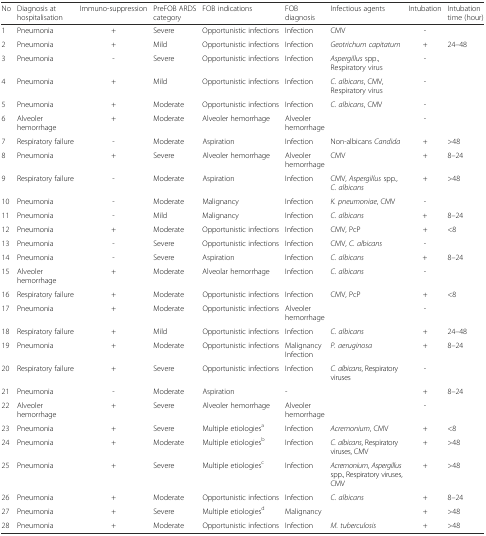
<table><thead><tr><td><b>No</b></td><td><b>Diagnosis at hospitalisation</b></td><td><b>Immuno-suppression</b></td><td><b>PreFOB ARDS category</b></td><td><b>FOB indications</b></td><td><b>FOB diagnosis</b></td><td><b>Infectious agents</b></td><td><b>Intubation</b></td><td><b>Intubation time (hour)</b></td></tr></thead><tbody><tr><td>1</td><td>Pneumonia</td><td>+</td><td>Severe</td><td>Opportunistic infections</td><td>Infection</td><td>CMV</td><td>-</td><td></td></tr><tr><td>2</td><td>Pneumonia</td><td>+</td><td>Mild</td><td>Opportunistic infections</td><td>Infection</td><td><i>Geotrichum capitatum</i></td><td>+</td><td>24–48</td></tr><tr><td>3</td><td>Pneumonia</td><td>-</td><td>Severe</td><td>Opportunistic infections</td><td>Infection</td><td><i>Aspergillus</i> spp., Respiratory virus</td><td>-</td><td></td></tr><tr><td>4</td><td>Pneumonia</td><td>+</td><td>Mild</td><td>Opportunistic infections</td><td>Infection</td><td><i>C. albicans</i>, CMV, Respiratory virus</td><td>-</td><td></td></tr><tr><td>5</td><td>Pneumonia</td><td>+</td><td>Moderate</td><td>Opportunistic infections</td><td>Infection</td><td><i>C. albicans</i>, CMV</td><td>-</td><td></td></tr><tr><td>6</td><td>Alveoler hemorrhage</td><td>+</td><td>Moderate</td><td>Alveoler hemorrhage</td><td>Alveoler hemorrhage</td><td></td><td>-</td><td></td></tr><tr><td>7</td><td>Respiratory failure</td><td>-</td><td>Moderate</td><td>Aspiration</td><td>Infection</td><td>Non-albicans <i>Candida</i></td><td>+</td><td>&gt;48</td></tr><tr><td>8</td><td>Pneumonia</td><td>+</td><td>Severe</td><td>Alveoler hemorrhage</td><td>Alveoler hemorrhage</td><td>CMV</td><td>+</td><td>8–24</td></tr><tr><td>9</td><td>Respiratory failure</td><td>-</td><td>Moderate</td><td>Aspiration</td><td>Infection</td><td>CMV, <i>Aspergillus</i> spp., <i>C. albicans</i></td><td>+</td><td>&gt;48</td></tr><tr><td>10</td><td>Pneumonia</td><td>-</td><td>Moderate</td><td>Malignancy</td><td>Infection</td><td><i>K. pneumoniae</i>, CMV</td><td>-</td><td></td></tr><tr><td>11</td><td>Pneumonia</td><td>-</td><td>Mild</td><td>Malignancy</td><td>Infection</td><td><i>C. albicans</i></td><td>+</td><td>8–24</td></tr><tr><td>12</td><td>Pneumonia</td><td>+</td><td>Moderate</td><td>Opportunistic infections</td><td>Infection</td><td>CMV, PcP</td><td>+</td><td>&lt;8</td></tr><tr><td>13</td><td>Pneumonia</td><td>-</td><td>Severe</td><td>Opportunistic infections</td><td>Infection</td><td>CMV, <i>C. albicans</i></td><td>-</td><td></td></tr><tr><td>14</td><td>Pneumonia</td><td>-</td><td>Severe</td><td>Aspiration</td><td>Infection</td><td><i>C. albicans</i></td><td>+</td><td>8–24</td></tr><tr><td>15</td><td>Alveoler hemorrhage</td><td>+</td><td>Moderate</td><td>Alveolar hemorrhage</td><td>Infection</td><td><i>C. albicans</i></td><td>-</td><td></td></tr><tr><td>16</td><td>Respiratory failure</td><td>+</td><td>Moderate</td><td>Opportunistic infections</td><td>Infection</td><td>CMV, PcP</td><td>+</td><td>&lt;8</td></tr><tr><td>17</td><td>Pneumonia</td><td>+</td><td>Moderate</td><td>Opportunistic infections</td><td>Alveoler hemorrhage</td><td></td><td>-</td><td></td></tr><tr><td>18</td><td>Respiratory failure</td><td>+</td><td>Mild</td><td>Opportunistic infections</td><td>Infection</td><td><i>C. albicans</i></td><td>+</td><td>24–48</td></tr><tr><td>19</td><td>Pneumonia</td><td>+</td><td>Moderate</td><td>Opportunistic infections</td><td>Malignancy Infection</td><td><i>P. aeruginosa</i></td><td>+</td><td>8–24</td></tr><tr><td>20</td><td>Respiratory failure</td><td>+</td><td>Severe</td><td>Opportunistic infections</td><td>Infection</td><td><i>C. albicans</i>, Respiratory viruses</td><td>-</td><td></td></tr><tr><td>21</td><td>Pneumonia</td><td>-</td><td>Moderate</td><td>Aspiration</td><td>-</td><td></td><td>+</td><td>8–24</td></tr><tr><td>22</td><td>Alveoler hemorrhage</td><td>+</td><td>Severe</td><td>Alveoler hemorrhage</td><td>Alveoler hemorrhage</td><td></td><td>-</td><td></td></tr><tr><td>23</td><td>Pneumonia</td><td>+</td><td>Severe</td><td>Multiple etiologies<sup>a</sup></td><td>Infection</td><td><i>Acremonium</i>, CMV</td><td>+</td><td>&lt;8</td></tr><tr><td>24</td><td>Pneumonia</td><td>+</td><td>Moderate</td><td>Multiple etiologies<sup>b</sup></td><td>Infection</td><td><i>C. albicans</i>, Respiratory viruses, CMV</td><td>+</td><td>&gt;48</td></tr><tr><td>25</td><td>Pneumonia</td><td>+</td><td>Severe</td><td>Multiple etiologies<sup>c</sup></td><td>Infection</td><td><i>Acremonium</i>, <i>Aspergillus</i> spp., Respiratory viruses, CMV</td><td>+</td><td>&gt;48</td></tr><tr><td>26</td><td>Pneumonia</td><td>+</td><td>Moderate</td><td>Opportunistic infections</td><td>Infection</td><td><i>C. albicans</i></td><td>+</td><td>8–24</td></tr><tr><td>27</td><td>Pneumonia</td><td>+</td><td>Severe</td><td>Multiple etiologies<sup>d</sup></td><td>Malignancy</td><td></td><td>+</td><td>&gt;48</td></tr><tr><td>28</td><td>Pneumonia</td><td>+</td><td>Moderate</td><td>Opportunistic infections</td><td>Infection</td><td><i>M. tuberculosis</i></td><td>+</td><td>&gt;48</td></tr></tbody></table>